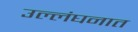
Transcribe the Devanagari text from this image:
उल्लंघनात